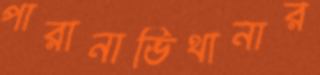
পারানাভিথানার